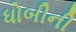
ધોબીની